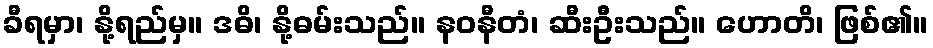
ခီရမှာ၊ နို့ရည်မှ။ ဒဓိ၊ နို့ဓမ်းသည်။ နဝနီတံ၊ ဆီးဦးသည်။ ဟောတိ၊ ဖြစ်၏။